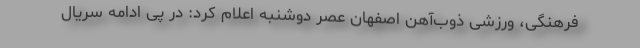
فرهنگی، ورزشی ذوب‌آهن اصفهان عصر دوشنبه اعلام کرد: در پی ادامه سریال